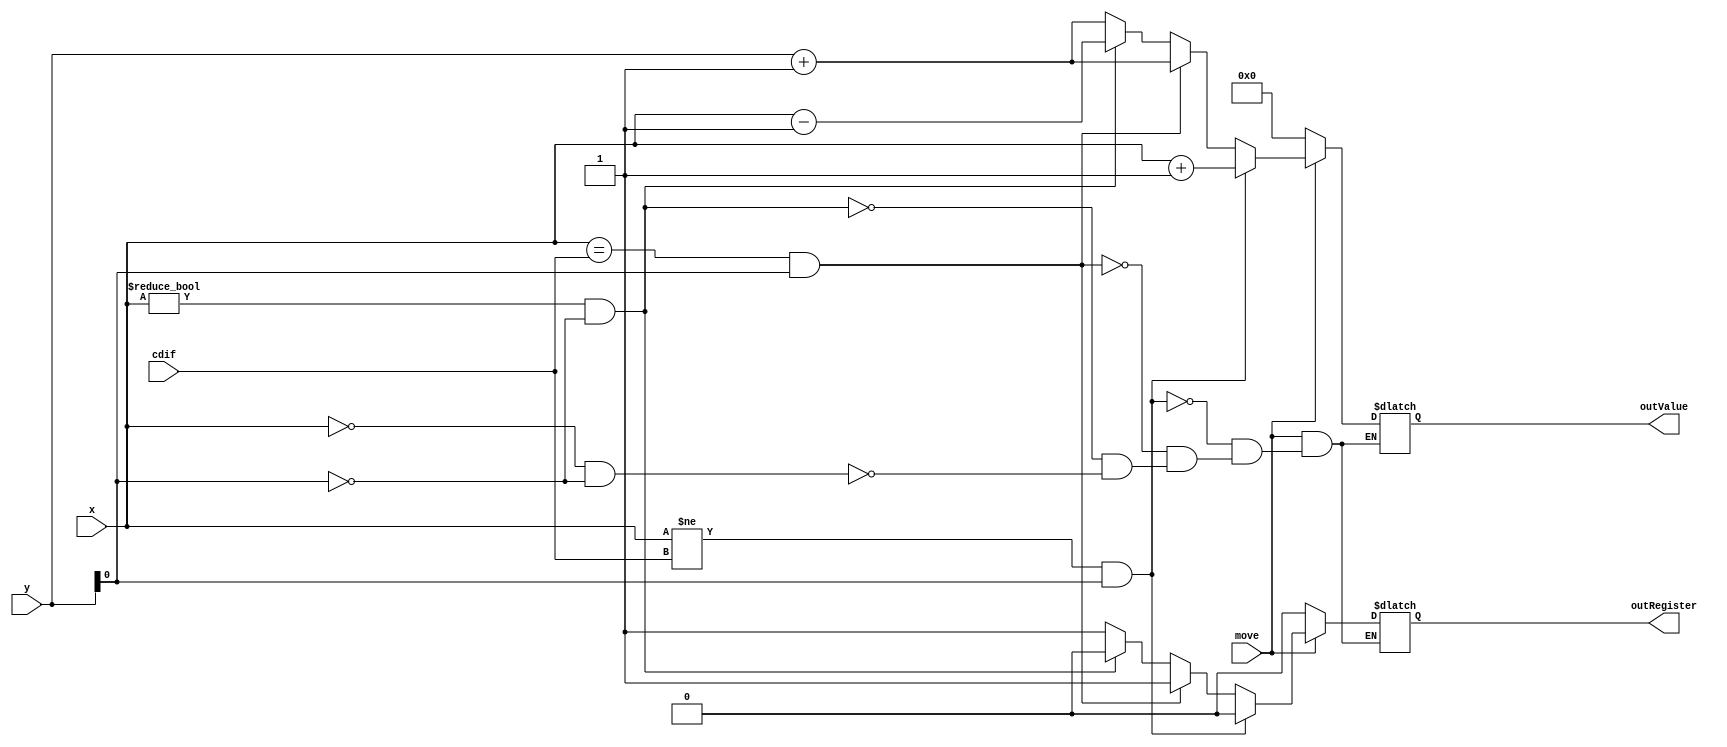
`timescale 1ns / 1ps

////////////////////////////////////////////////////////////////////////////////
// ECE369 - Computer Architecture
// 
// Module - MoveCheck.v
////////////////////////////////////////////////////////////////////////////////

module MoveCheck(x, y, cdif, move,outValue,outRegister);
    input [31:0] x,y, cdif;
    input move;
    output reg [31:0] outValue;
    output reg outRegister;
    //x = 0(rt), y = 1(rd)
    
    //possibly change to output signals that are controlled by adders
    initial begin
        outValue <= 0;
        outRegister <= 0;
    end
    always @(*)begin
    if (move)begin
    if ((x != cdif) && (y[0] == 1))begin
        outValue <= x+1;
        outRegister <= 0;
    end
    else if ((x == cdif) && (y[0] == 1))begin
        outValue <= y+1;
        outRegister <= 1;
    end
    else if ((x != 0) && (y[0] == 0))begin
        outValue <= x-1;
        outRegister <= 0;
    end
    else if ((x == 0) && (y[0] == 0))begin
        outValue <= y+1;
        outRegister <= 1;
    end
    end
    else begin
        outValue <= 0;
        outRegister <= 0;
    end
    end    
	
endmodule